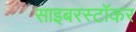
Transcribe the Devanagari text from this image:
साइबरस्टॉकर